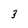
Character: 3